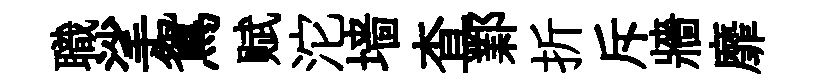
職挲鴛赋沱墙查鄴折斥牆靡